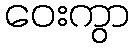
ဝေးကွာ